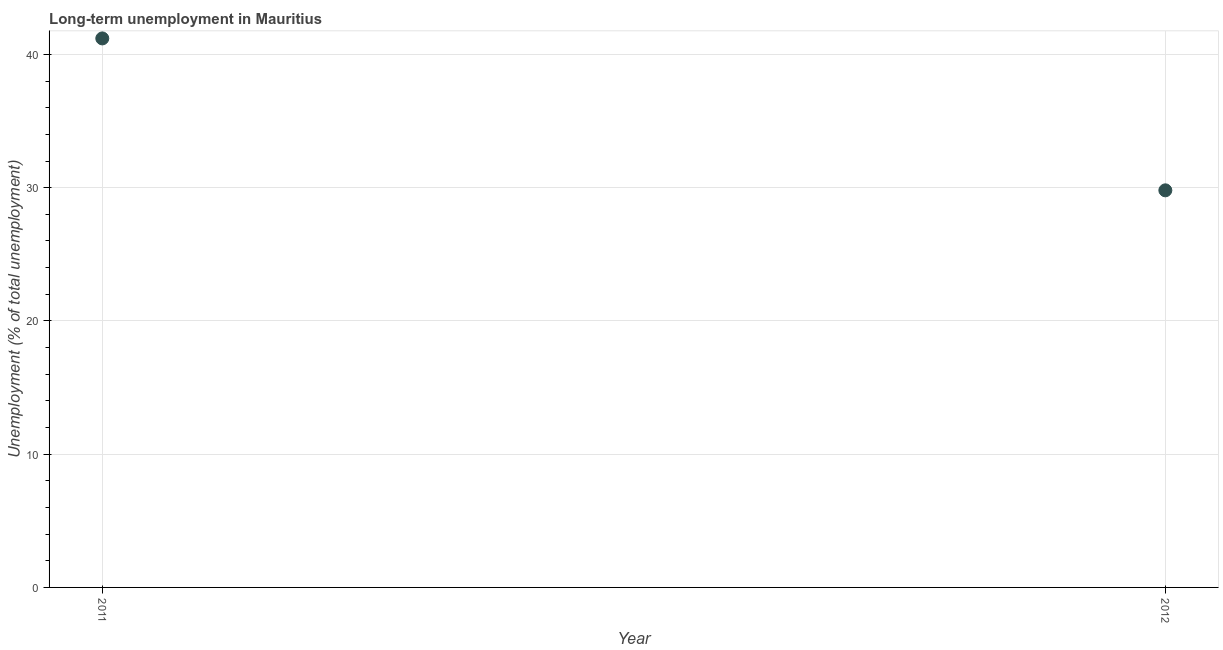
| Year | Long-term unemployment  |
 | --- | --- |
 | 2011 | 41.2 |
 | 2012 | 29.8 |